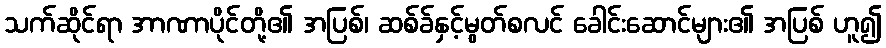
သက်ဆိုင်ရာ အာဏာပိုင်တို့၏ အပြစ်၊ ဆစ်ခ်နှင့်မွတ်စလင် ခေါင်းဆောင်များ၏ အပြစ် ဟူ၍